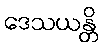
ဒေသယန္တိ